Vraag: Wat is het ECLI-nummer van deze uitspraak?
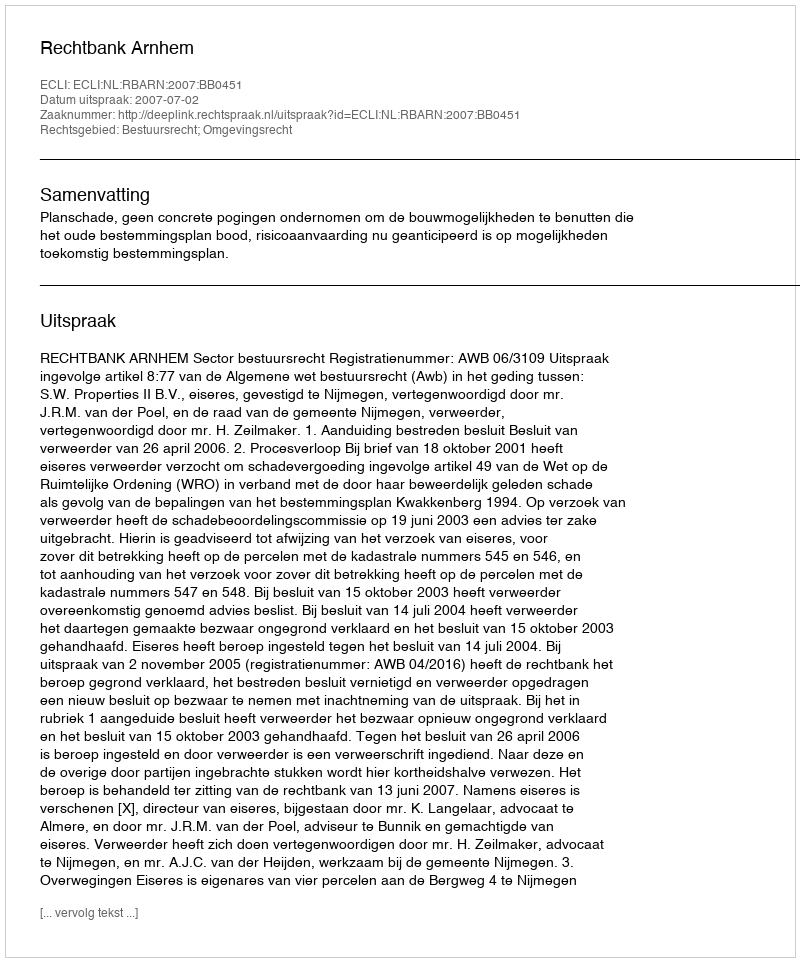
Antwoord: ECLI:NL:RBARN:2007:BB0451